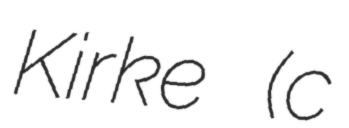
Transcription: Kirke (c